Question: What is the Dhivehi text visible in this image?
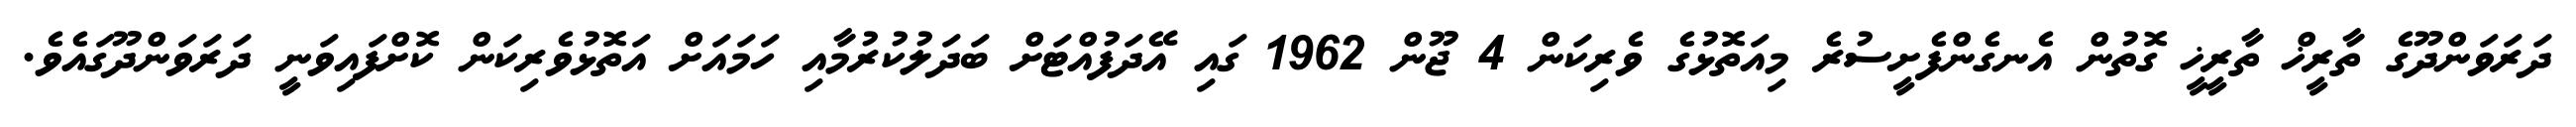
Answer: ދަރަވަންދޫގެ ތާރީޚް ތާރީޚީ ގޮތުން އެނގެންފެށީސުރެ މިއަތޮޅުގެ ވެރިކަން 4 ޖޫން 1962 ގައި އޭދަފުއްޓަށް ބަދަލުކުރުމާއި ހަމައަށް އަތޮޅުވެރިކަން ކޮށްފައިވަނީ ދަރަވަންދޫގައެވެ.